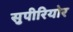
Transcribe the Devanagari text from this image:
सुपीरियोर